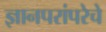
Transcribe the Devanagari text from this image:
ज्ञानपरांपरेचे